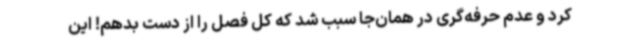
کرد و عدم حرفه‌گری در همان‌جا سبب شد که کل فصل را از دست بدهم! این